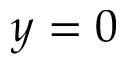
y = 0